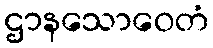
ဌာနသောဝေတံ